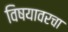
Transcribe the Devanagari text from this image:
विषयावरचा